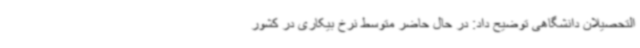
التحصیلان دانشگاهی توضیح داد: در حال حاضر متوسط نرخ بیکاری در کشور